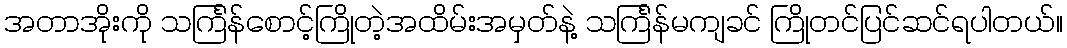
အတာအိုးကို သင်္ကြန်စောင့်ကြိုတဲ့အထိမ်းအမှတ်နဲ့ သင်္ကြန်မကျခင် ကြိုတင်ပြင်ဆင်ရပါတယ်။